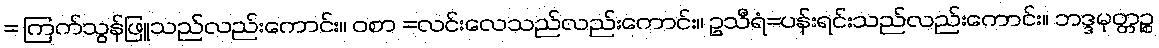
= ကြက်သွန်ဖြူသည်လည်းကောင်း။ ဝစာ =လင်းလေသည်လည်းကောင်း။ ဥသီရံ=ပန်းရင်းသည်လည်းကောင်း။ ဘဒ္ဒမုတ္တဉ္စ